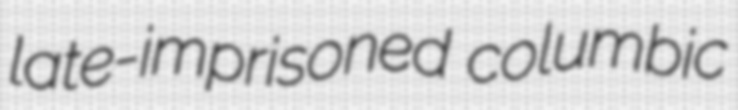
late-imprisoned columbic